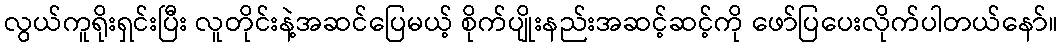
လွယ်ကူရိုးရှင်းပြီး လူတိုင်းနဲ့အဆင်ပြေမယ့် စိုက်ပျိုးနည်းအဆင့်ဆင့်ကို ဖော်ပြပေးလိုက်ပါတယ်နော်။